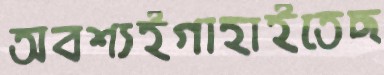
অবশ্যইগাহাইতেছ